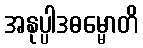
အနုပ္ပါဒဓမ္မောတိ